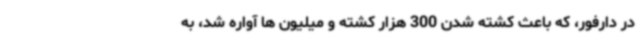
در دارفور، که باعث کشته شدن 300 هزار کشته و میلیون ها آواره شد، به